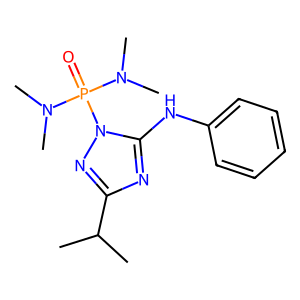
SMILES: CC(C)c1nc(Nc2ccccc2)n(P(=O)(N(C)C)N(C)C)n1
Inhibits HIV replication: No